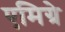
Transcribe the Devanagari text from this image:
एमिग्रे